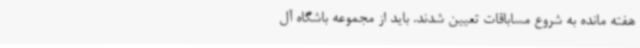
هفته مانده به شروع مساباقات تعیین شدند. باید از مجموعه باشگاه‌ آل